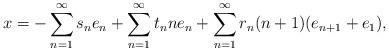
LaTeX: \begin{align*}x=-\sum_{n=1}^{\infty} s_ne_{n}+\sum_{n=1}^{\infty} t_nne_{n}+\sum_{n=1}^{\infty} r_n(n+1)(e_{n+1}+e_1),\end{align*}